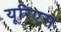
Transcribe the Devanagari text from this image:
यूरिएस